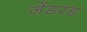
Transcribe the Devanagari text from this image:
जेंडरड